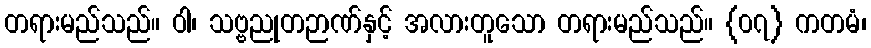
တရားမည်သည်။ ဝါ၊ သဗ္ဗညုတဉာဏ်နှင့် အလားတူသော တရားမည်သည်။ {၀၇} ကတမံ၊